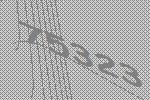
75323